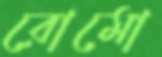
রোমো